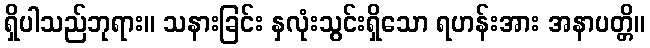
ရှိပါသည်ဘုရား။ သနားခြင်း နှလုံးသွင်းရှိသော ရဟန်းအား အနာပတ္တိ။